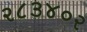
ર૮૩૪૦ર